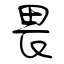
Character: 畏